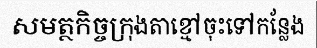
សមត្ថកិច្ចក្រុងតាខ្មៅចុះទៅកន្លែង